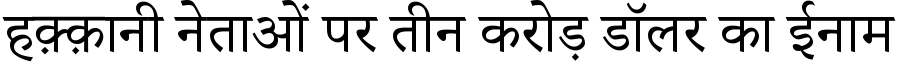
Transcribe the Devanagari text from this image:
हक़्क़ानी नेताओं पर तीन करोड़ डॉलर का ईनाम